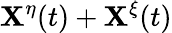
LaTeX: \mathbf{X}^{\eta}(t)+\mathbf{X}^{\xi}(t)